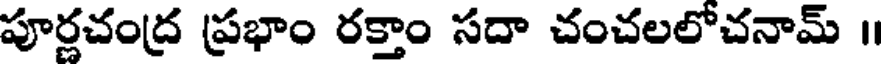
పూర్ణచంద్ర ప్రభాం రక్తాం సదా చంచలలోచనామ్ ॥